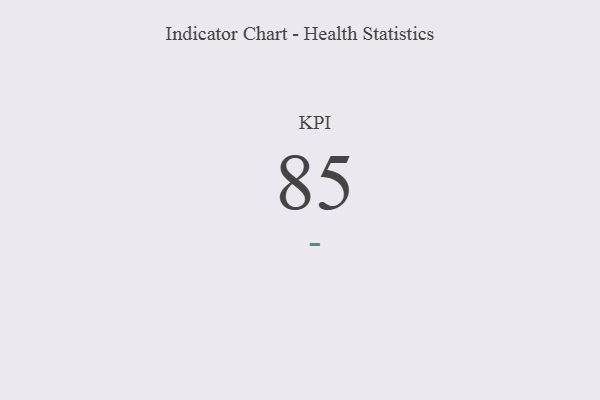
{"axis": {"x": "KPI", "y": "Value"}, "legend": [""], "data": [{"x": "KPI", "y": 85, "type": ""}]}